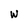
Character: w